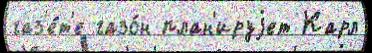
газ'е́т'е газо́н план'ируjет Карл